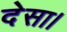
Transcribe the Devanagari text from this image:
देसा।